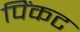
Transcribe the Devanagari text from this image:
पिंकट